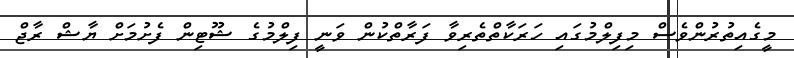
މީގެއިތުރުންވެސް މިފިލްމުގައި ހަރަކާތްތެރިވާ ފަރާތްކުން ވަނީ ފިލްމުގެ ޝޫޓިން ފެށުމަށް ޔާޝް ރާޖް